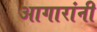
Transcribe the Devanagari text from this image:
आगारांनी